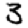
Digit: 3